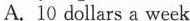
A. 10 dollars a week